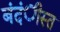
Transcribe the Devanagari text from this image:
बंदंीस्त